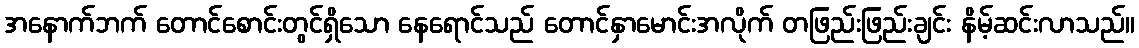
အနောက်ဘက် တောင်စောင်းတွင်ရှိသော နေရောင်သည် တောင်နှာမောင်းအလိုက် တဖြည်းဖြည်းချင်း နိမ့်ဆင်းလာသည်။